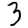
Digit: 3